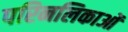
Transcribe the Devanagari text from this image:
परिनलिकाओं